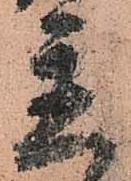
置